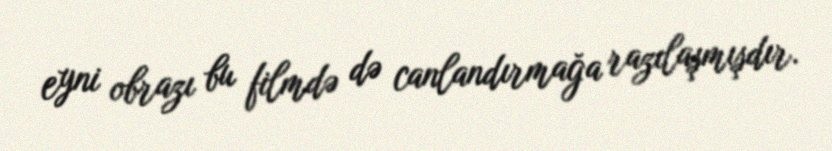
eyni obrazı bu filmdə də canlandırmağa razılaşmışdır.